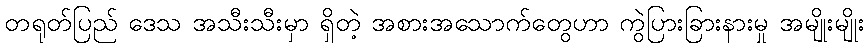
တရုတ်ပြည် ဒေသ အသီးသီးမှာ ရှိတဲ့ အစားအသောက်တွေဟာ ကွဲပြားခြားနားမှု အမျိုးမျိုး